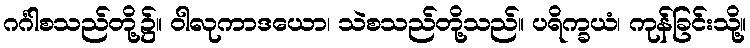
ဂင်္ဂါစသည်တို့၌။ ဝါလုကာဒယော၊ သဲစသည်တို့သည်။ ပရိက္ခယံ၊ ကုန်ခြင်းသို့။